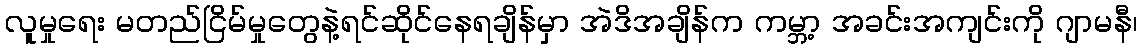
လူမှုရေး မတည်ငြိမ်မှုတွေနဲ့ရင်ဆိုင်နေရချိန်မှာ အဲဒိအချိန်က ကမ္ဘာ့ အခင်းအကျင်းကို ဂျာမနီ၊